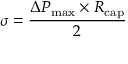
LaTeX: \sigma = { \frac { \Delta P _ { \mathrm { { m a x } } } \times R _ { \mathrm { { c a p } } } } { 2 } }